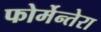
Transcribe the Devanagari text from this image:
फोर्मेन्तेरा